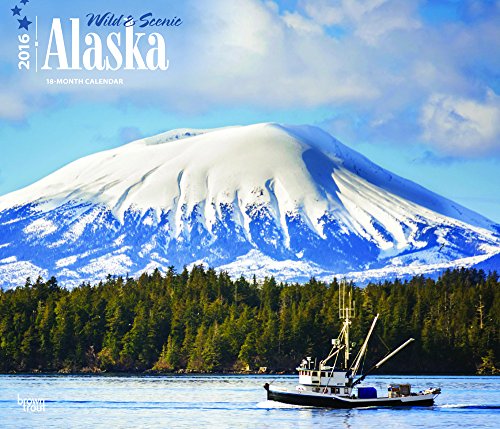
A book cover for Alaska, Wild & Scenic 2016 Deluxe; Browntrout Publishers; Calendars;